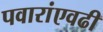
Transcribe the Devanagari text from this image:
पवारांएवढी